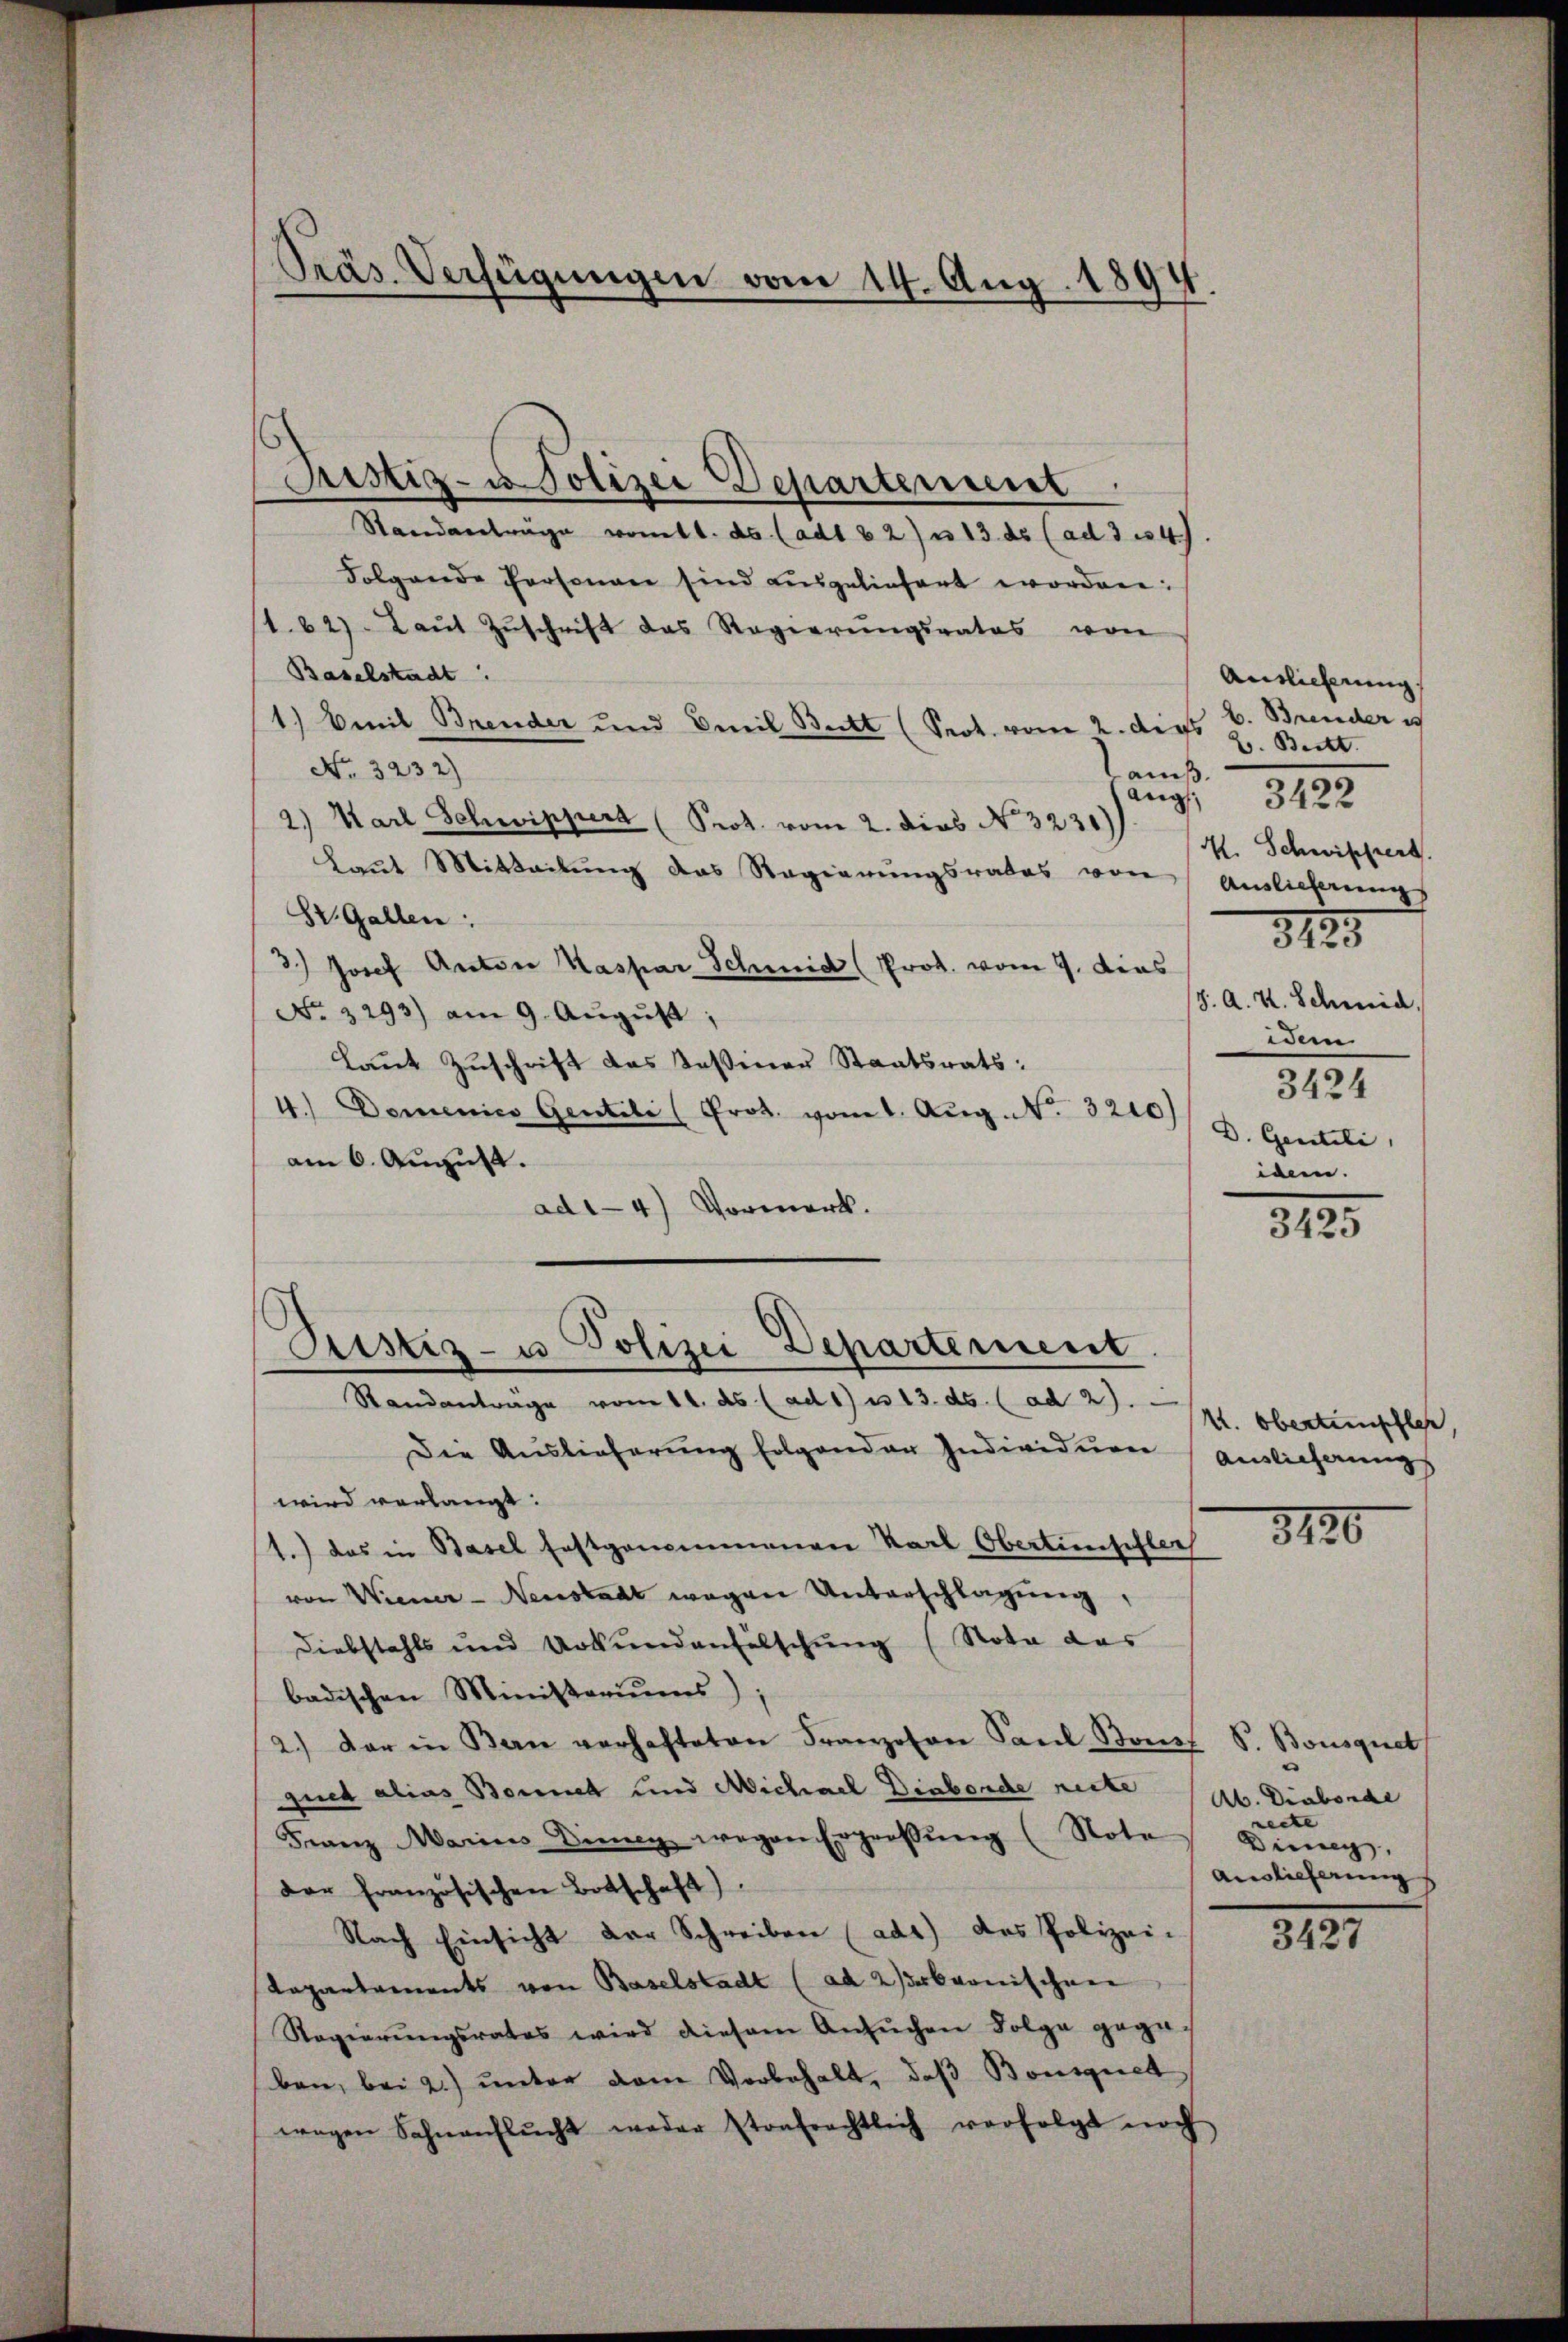
Präs. Verfügungen vom 14. Aug. 1894.

Justiz- u Polizei Departement
Standanträge vom 1. ds. (adt 62) u. 13. ds (ad 314.
Folgende Personen sind ausgeliefert worden:
1.62) Laŭt Zŭschrift das Regierŭngsrates von
Baselstadt
1.) Emil Brender und Emil Bett (Sept. vom 2. den 2. Beckt.
No. 3232)
amiß.
angs
2.) Karl Schwippert (Prot. vom 2. Dies No. 3231)
Laut Mitteilung das Regierungsrates von Auslieferung
St. Gallen:
3.) Josef Anton Kaspar Schmid (Prot. vom 9. dies
No. 3293) am 9. Aŭgŭst;
Laut Zuschrift das Tessiner Staatsrats:
4.) Domenico Gentili (Prot. vom 1. Aŭg. No. 3210/ 3. Genteli
am 6. August.
ad14) Vormerk.
Pustiz- u Polizei Departement

Standanträge vom 11. ds. (ad 1) u. 13. ds. (ad 2).

Die Auslieferŭng folgender Individuen Auslieferung
wird verlangt.
1.) das in Basel festgenommenen Karl Obertieschler
von Wiener-Neustadt wegen Unterschlagung,
Diebstahls und Urkundenfälschung (Nota das
badischen Ministeriums)
2.) Der in Bern verhafteten Franzosen Paŭl Bonst S. Bousquet
gued alias Bornet und Michael Diabende recte
Franz Marius Dieng wegen Ergrossŭng (Note Ding.
der französischen Botschaft).
Nach Einsicht der Schreiben (ad1) das Polizei-
Kapartaments von Baselstadt (ad 2 der bernischen
Regierŭngsrates wird diesem Ansŭchen Folge gegen
ben, bei 2.) unter dem Vorbehalt, daß Bonsquel
wegen Sohnanflŭcht weder strafrechtlich verfolgt noch

Auslieferung.
b. Brander u
3422
K. Schwippert
3125
J. A. H. Schmid,
idem
3424
idem.

3135

k. Oberteinpfle

3126

Ab. Diaborde
recte
Auslieferung

3427